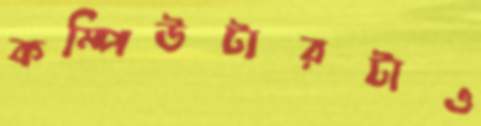
কম্পিউটারটাও